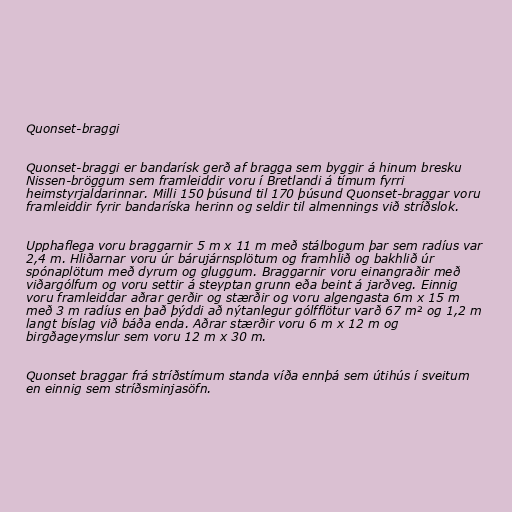
Quonset-braggi

Quonset-braggi er bandarísk gerð af bragga sem byggir á hinum bresku
Nissen-bröggum sem framleiddir voru í Bretlandi á tímum fyrri
heimstyrjaldarinnar. Milli 150 þúsund til 170 þúsund Quonset-braggar voru
framleiddir fyrir bandaríska herinn og seldir til almennings við stríðslok.

Upphaflega voru braggarnir 5 m x 11 m með stálbogum þar sem radíus var
2,4 m. Hliðarnar voru úr bárujárnsplötum og framhlið og bakhlið úr
spónaplötum með dyrum og gluggum. Braggarnir voru einangraðir með
viðargólfum og voru settir á steyptan grunn eða beint á jarðveg. Einnig
voru framleiddar aðrar gerðir og stærðir og voru algengasta 6m x 15 m
með 3 m radíus en það þýddi að nýtanlegur gólfflötur varð 67 m² og 1,2 m
langt bíslag við báða enda. Aðrar stærðir voru 6 m x 12 m og
birgðageymslur sem voru 12 m x 30 m.

Quonset braggar frá stríðstímum standa víða ennþá sem útihús í sveitum
en einnig sem stríðsminjasöfn.